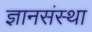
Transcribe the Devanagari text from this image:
ज्ञानसंस्था